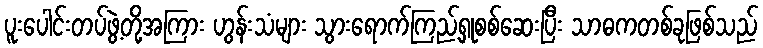
ပူးပေါင်းတပ်ဖွဲ့တို့အကြား ဟွန်းသံများ သွားရောက်ကြည့်ရှုစစ်ဆေးပြီး သာဓကတစ်ခုဖြစ်သည်